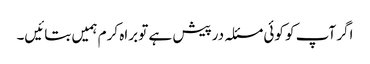
اگر آپ کو کوئی مسئلہ درپیش ہے تو براہ کرم ہمیں بتائیں۔